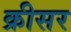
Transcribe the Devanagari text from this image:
क्रीसर